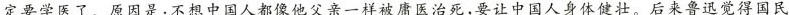
定要学医了。原因是:不想中国人都像他父亲一样被庸医治死,要让中国人身体健壮。后来鲁迅觉得国民